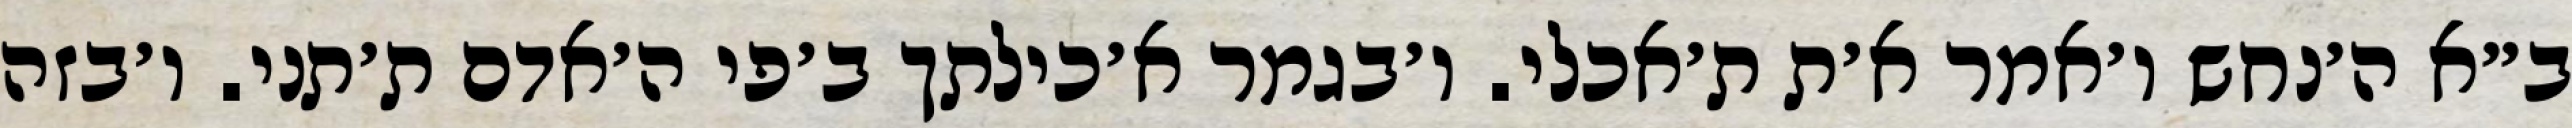
ב״א ה׳נחש ו׳אמר א׳ת ת׳אכלי. ו׳בגמר א׳כילתך ב׳פי ה׳אדם ת׳תני. ו׳בזה